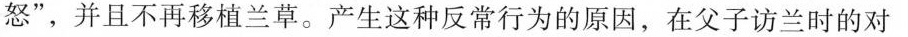
怒”，并且不再移植兰草。产生这种风暗行为的原因，在父子访兰时的对